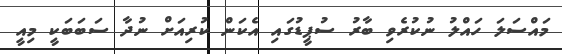
މައްސަލަ ހައްލު ނުކުރެވި ބާރު ސުޕީޑުގައި އެކަން ކުރިއަށް ނުދާ ސަބަބަކީ މިއީ